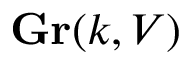
\mathbf { G r } ( k , V )